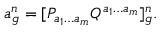
a _ { g } ^ { n } = [ P _ { a _ { 1 } \ldots a _ { m } } { \cal Q } ^ { a _ { 1 } \ldots a _ { m } } ] _ { g } ^ { n } .